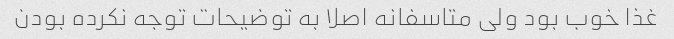
غذا خوب بود ولی متاسفانه اصلا به توضیحات توجه نکرده بودن